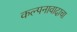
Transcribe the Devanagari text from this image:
कल्पनावादाचा